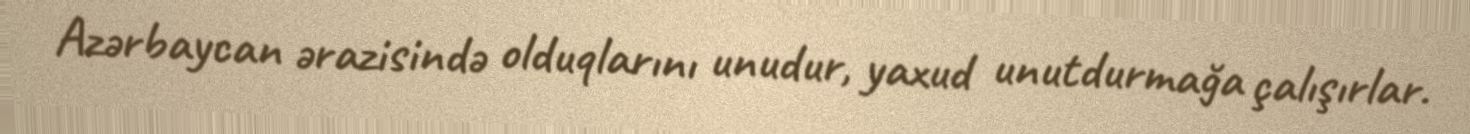
Azərbaycan ərazisində olduqlarını unudur, yaxud unutdurmağa çalışırlar.